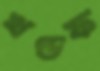
খণ্ডফ